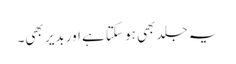
یہ جلد بھی ہو سکتا ہے اور بدیر بھی۔